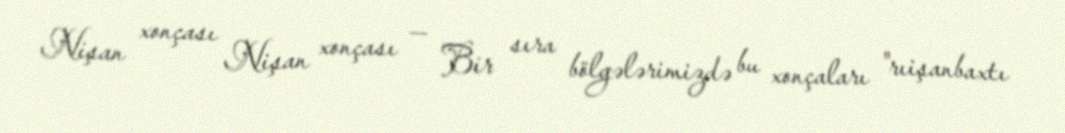
Nişan xonçası Nişan xonçası — Bir sıra bölgələrimizdə bu xonçaları "rıişanbaxtı